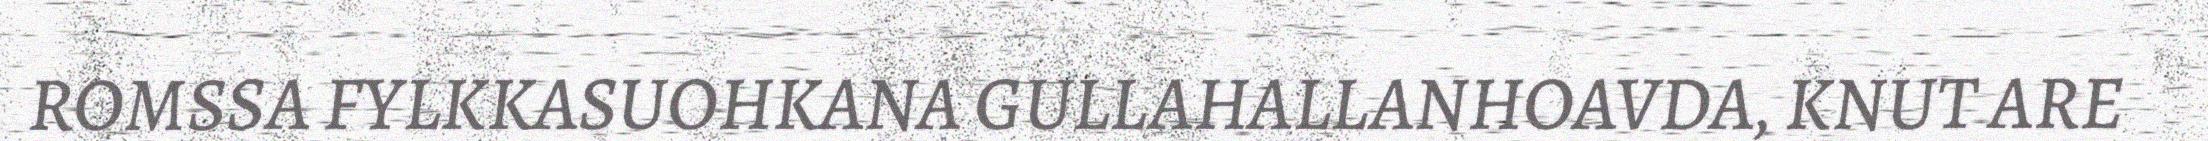
ROMSSA FYLKKASUOHKANA GULLAHALLANHOAVDA, KNUT ARE